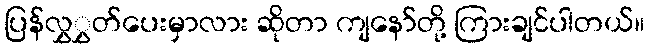
ပြန်လွှွှတ်ပေးမှာလား ဆိုတာ ကျနော်တို့ ကြားချင်ပါတယ်။